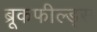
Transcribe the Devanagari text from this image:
ब्रूकफील्ड्स